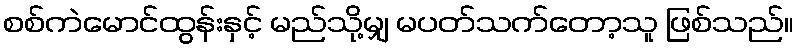
စစ်ကဲမောင်ထွန်းနှင့် မည်သို့မျှ မပတ်သက်တော့သူ ဖြစ်သည်။